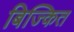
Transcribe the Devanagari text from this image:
बिज्कित